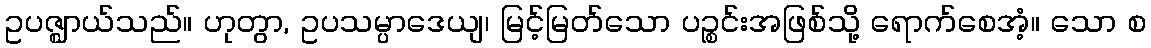
ဥပဇ္ဈာယ်သည်။ ဟုတွာ, ဥပသမ္ပာဒေယျ၊ မြင့်မြတ်သော ပဉ္စင်းအဖြစ်သို့ ရောက်စေအံ့။ သော စ